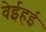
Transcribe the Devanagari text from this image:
वेईहई